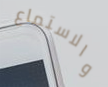
والاستماع